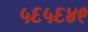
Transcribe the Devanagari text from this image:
५६५६४९